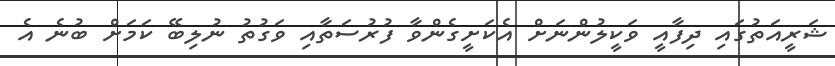
ޝަރީއަތުގައި ދިފާއީ ވަކީލުންނަށް އެކަށީގެންވާ ފުރުސަތާއި ވަގުތު ނުލިބޭ ކަމަށް ބުނެ އެ